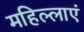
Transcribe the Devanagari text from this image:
महिल्लाएं